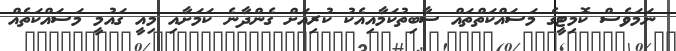
ނަމަވެސް ކޮމިޓީގެ މަސައްކަތްތައް ސާބިތުކަމާއިއެކު ކުރިއަށް ގެންދާނެ ކަމަށާއި މިއީ ގައުމީ މަސައްކަތެއް